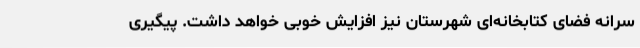
سرانه فضای کتابخانه‌ای شهرستان نیز افزایش خوبی خواهد داشت. پیگیری